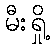
မီးရှို့